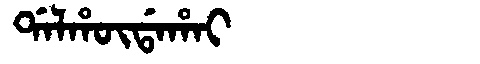
Manchu: ᡩᠠᠯᡥᡡᡩᠠᡥᠠᡳ
Romanization: DALHŪDAHAI